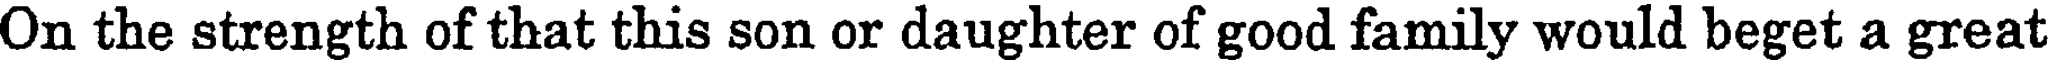
On the strength of that this son or daughter of good family would beget a great